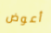
أعوض